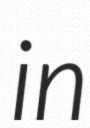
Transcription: in